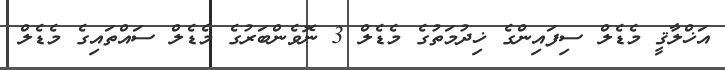
އަޚްލާޤީ މެޑެލް ސިފައިންގެ ޚިދުމަތުގެ މެޑެލް 3 ނޮވެންބަރުގެ މެޑެލް ސައްތައިގެ މެޑެލް